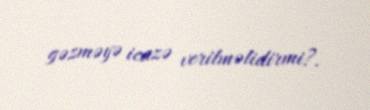
gəzməyə icazə verilməlidirmi?.